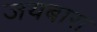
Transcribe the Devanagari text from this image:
जयबारा